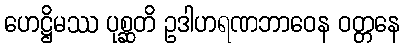
ဟေဋ္ဌိမဿ ပုစ္ဆတိ ဥဒါဟရဏဘာဝေန ဝတ္တနေ